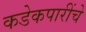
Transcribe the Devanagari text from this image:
कडेकपारींचे